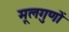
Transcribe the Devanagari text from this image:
मूलगुणों